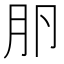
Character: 𰆎